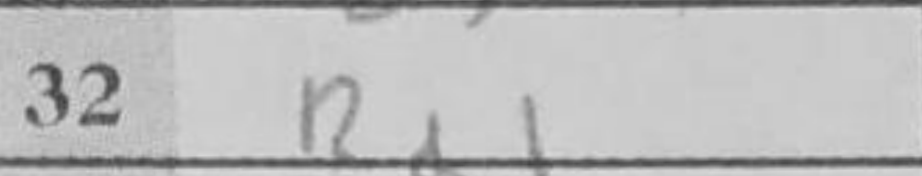
Transcription: Rd1